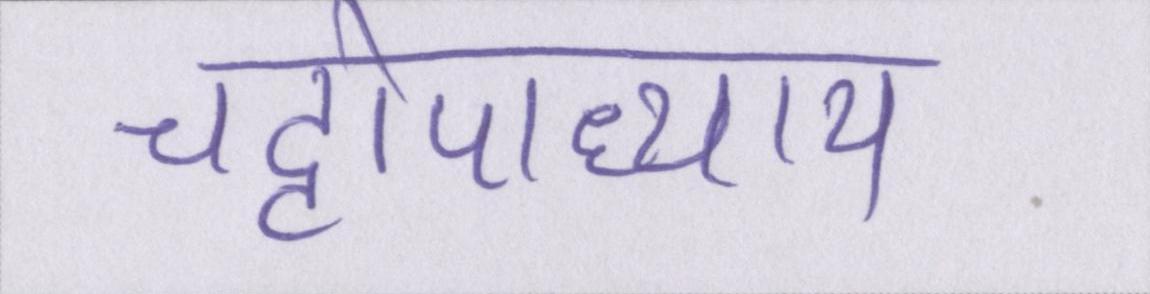
चट्टोपाध्याय